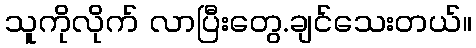
သူကိုလိုက် လာပြီးတွေ.ချင်သေးတယ်။